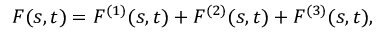
F ( s , t ) = F ^ { ( 1 ) } ( s , t ) + F ^ { ( 2 ) } ( s , t ) + F ^ { ( 3 ) } ( s , t ) ,